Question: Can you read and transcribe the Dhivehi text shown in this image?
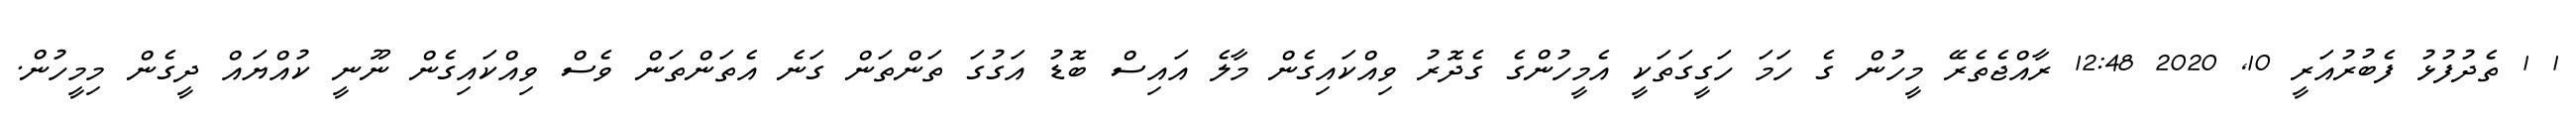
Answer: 1 1 ތެދުފުޅު ފެބުރުއަރީ 10, 2020 12:48 ރާއްޖެތެރޭ މީހުން ގެ ހަމަ ހަގީގަތަކީ އެމީހުންގެ ގެދޮރު ވިއްކައިގެން މާލެ އައިސް ބޮޑު އަގުގަ ތަންތަން ގަނެ އެތަންތަން ވެސް ވިއްކައިގެން ނޫނީ ކުއްޔައް ދީގެން މިމީހުން.